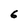
Character: 6